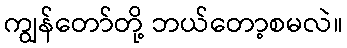
ကျွန်တော်တို့ ဘယ်တော့စမလဲ။